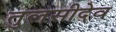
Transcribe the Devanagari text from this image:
तुलसीदेव